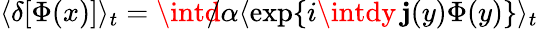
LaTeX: \langle\delta[\Phi(x)]\rangle_{t}=\intd\! \! \! /\alpha\langle\exp\{ i\intdy\, \mathbf{j}(y)\Phi(y)\} \rangle_{t}